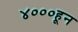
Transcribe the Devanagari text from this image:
४०००हून